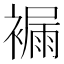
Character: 𧜾